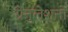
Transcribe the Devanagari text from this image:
ग्रेनुलेशनों